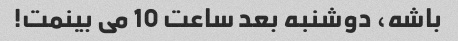
باشه، دوشنبه بعد ساعت 10 می بینمت!